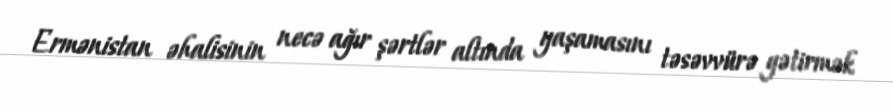
Ermənistan əhalisinin necə ağır şərtlər altında yaşamasını təsəvvürə gətirmək